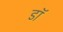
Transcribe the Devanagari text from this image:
डॉ